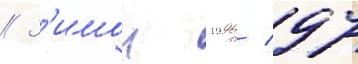
// З'имои 1996/ 97